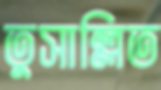
তুসাল্লিত